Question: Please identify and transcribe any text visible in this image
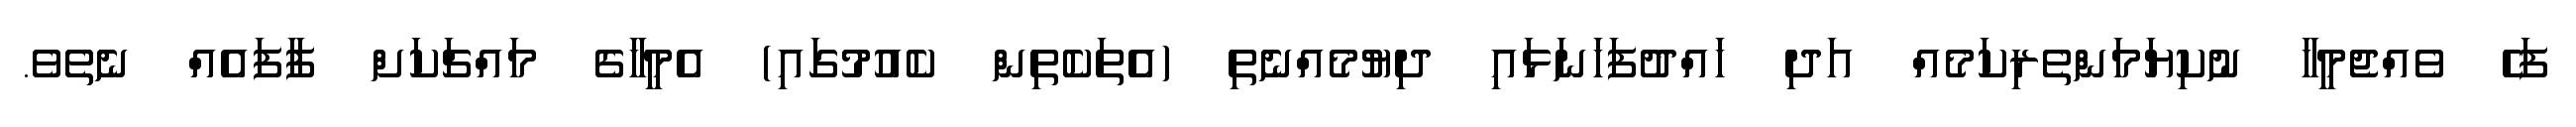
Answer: ފަހެ ވެއްޖެމީހާ ނުކިޔަމަންތެރިކަމެއް އަދި ހައްދުފަހަނަޅައި ދިޔުމެއްނެތި (އެތަކެތިން ކެއުމުގައި) އެމީހާގެ މައްޗަކަށް ފާފައެއް ނެތެވެ.